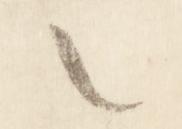
之